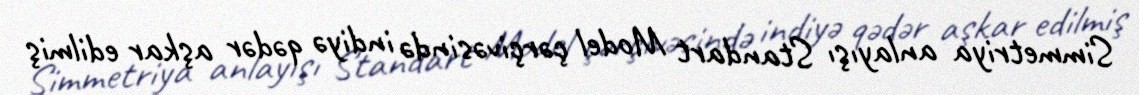
Simmetriya anlayışı Standart Model çərçivəsində indiyə qədər aşkar edilmiş